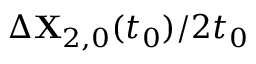
\Delta \mathbf { X } _ { 2 , 0 } ( t _ { 0 } ) / 2 t _ { 0 }